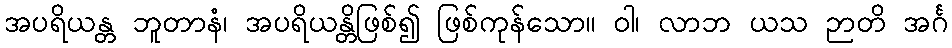
အပရိယန္တ ဘူတာနံ၊ အပရိယန္တိဖြစ်၍ ဖြစ်ကုန်သော။ ဝါ၊ လာဘ ယသ ဉာတိ အင်္ဂ